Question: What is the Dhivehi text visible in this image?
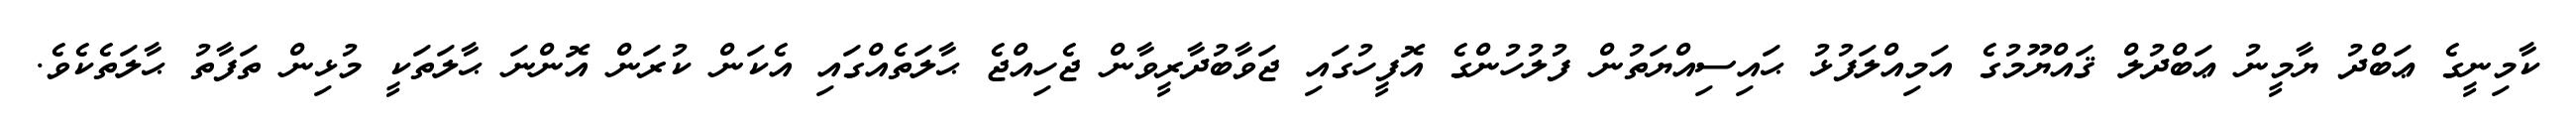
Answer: ކާމިނީގެ ޢަބްދު ޔާމީނު ޢަބްދުލް ޤައްޔޫމުގެ އަމިއްލަފުޅު ޙައިސިއްޔަތުން ފުލުހުންގެ އޮފީހުގައި ޖަވާބުދާރީވާން ޖެހިއްޖެ ޙާލަތެއްގައި އެކަން ކުރަން އޮންނަ ޙާލަތަކީ މުޅިން ތަފާތު ޙާލަތެކެވެ.